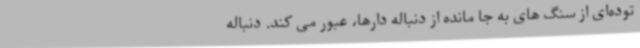
توده‌ای از سنگ های به جا مانده از دنباله دارها، عبور می کند. دنباله